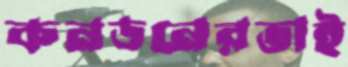
কনডনেরভাই